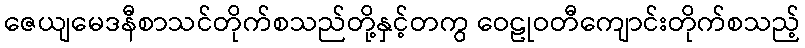
ဇေယျမေဒနီစာသင်တိုက်စသည်တို့နှင့်တကွ ဝေဠုဝတီကျောင်းတိုက်စသည့်